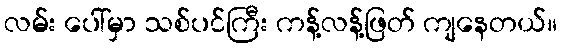
လမ်း ပေါ်မှာ သစ်ပင်ကြီး ကန့်လန့်ဖြတ် ကျနေတယ်။